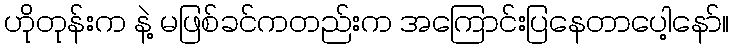
ဟိုတုန်းက နဲ့ မဖြစ်ခင်ကတည်းက အကြောင်းပြနေတာပေါ့နော်။